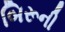
બિરૂની